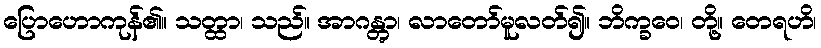
ပြောဟောကုန်၏။ သတ္ထာ၊ သည်။ အာဂန္တွာ၊ လာတော်မူလတ်၍။ ဘိက္ခဝေ၊ တို့။ တေရဟိ၊